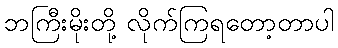
ဘကြီးမိုးတို့ လိုက်ကြရတော့တာပါ